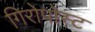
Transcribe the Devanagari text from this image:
गिरोपोस्ट